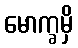
မောက္ခမှိ